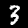
Digit: 3